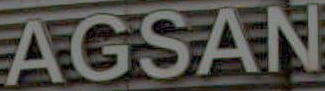
AGSAN